Civil Veterinary Department Bengal reports 1933-51 - 1933-1951
Year: 1933
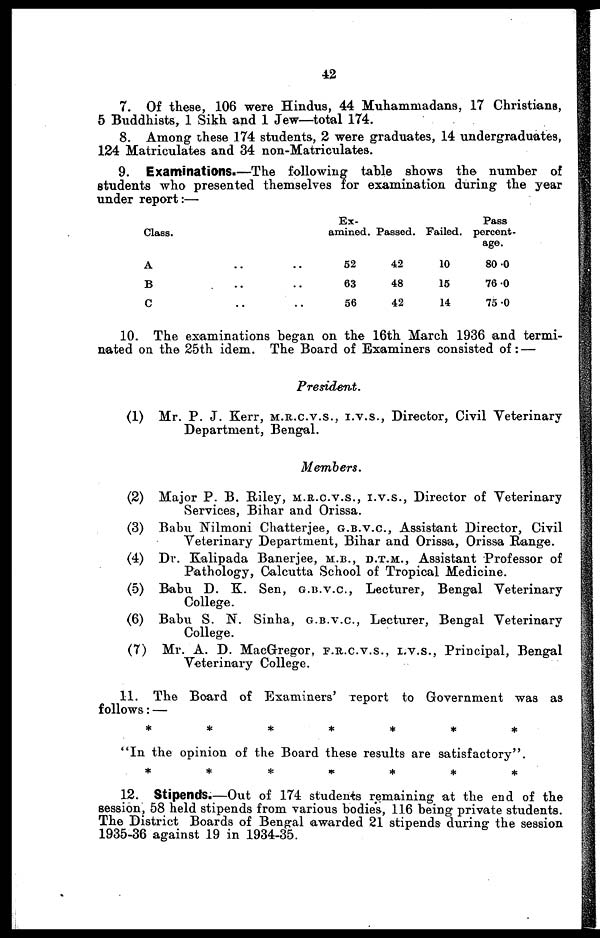
42
7. Of these, 106 were Hindus, 44 Muhamniadans, 17 Christians,
5 Buddhists, 1 Sikh and 1 Jew—total 174.
8. Among these 1.74 students, 2 were graduates, 14 undergraduates,
124 Matriculates and 34 non-Matriculates.
9. Examinations.—The following table shows the number of
students who presented themselves for examination during the year
under report :-
Class.
A
B
C
..
..
..
..
..
..
Ex-
amined.
52
63
56
Passed.
42
48
42
Failed.
10
15
14
Pass
percent-
age.
80.0
76.0
75.0
10. The examinations began on the 16th March 1936 and termi-
nated on the 25th idem. The Board of Examiners consisted of: —
President.
(1) Mr. P. J. Kerr, M.R.C.V.S., I.V.S., Director, Civil Veterinary
Department, Bengal.
Members.
(2) Major P. B. Riley, M.R.C.V.S., I.V.S., Director of Veterinary
Services, Bihar and Orissa.
(3) Babu Nilmoni Chatterjee, G.B.V.C, Assistant Director, Civil
Veterinary Department, Bihar and Orissa, Orissa Range.
(4) Dr. Kalipada Banerjee, M.B., D.T.M., Assistant Professor of
Pathology, Calcutta School of Tropical Medicine.
(5) Babu D. K. Sen, G.B.V.C, Lecturer, Bengal Veterinary
College.
(6) Babu S. N. Sinha, G.B.V.C, Lecturer, Bengal Veterinary
College.
(7) Mr. A. D. MacGregor, F.R.C.V.S., I.V.S., Principal, Bengal
Veterinary College.
11. The Board of Examiners' report to Government was as
follows: —
*
*
*
*
*
*
*
"In the opinion of the Board these results are satisfactory".
12. Stipends.-—Out of 174 students remaining at the end of the
session, 58 held stipends from various bodies, 116 being private students.
The District Boards of Bengal awarded 21 stipends during the session
1935-36 against 19 in 1934-35.